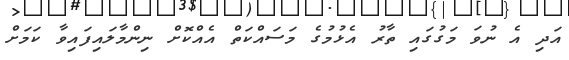
އަދި އެ ނުވަ މަގުގައި ތާރު އެޅުމުގެ މަސައްކަތް އެއްކޮށް ނިންމާލައިފައިވާ ކަމަށް